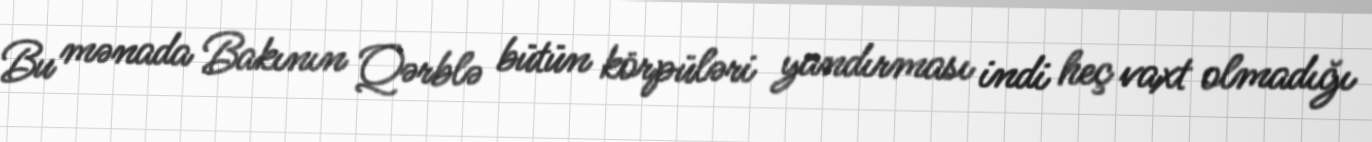
Bu mənada Bakının Qərblə bütün körpüləri yandırması indi heç vaxt olmadığı